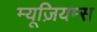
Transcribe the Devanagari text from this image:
म्यूज़ियम्स